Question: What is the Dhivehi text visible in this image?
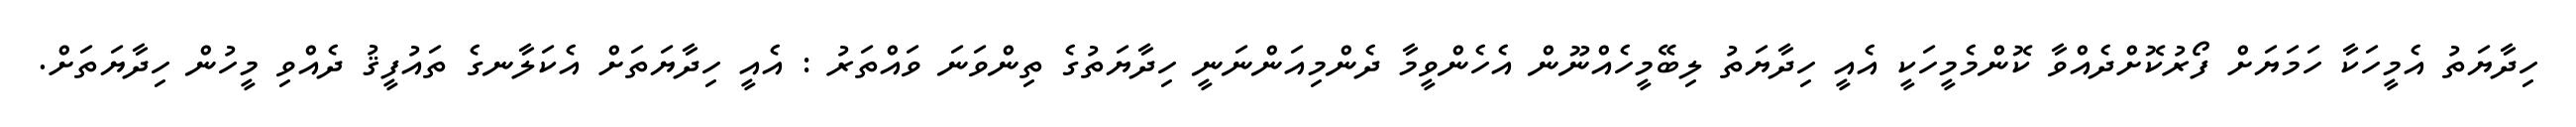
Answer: ހިދާޔަތު އެމީހަކާ ހަމަޔަށް ފޯރުކޮށްދެއްވާ ކޮންމެމީހަކީ އެއީ ހިދާޔަތު ލިބޭމީހެއްނޫން އެހެންވީމާ ދެންމިއަންނަނީ ހިދާޔަތުގެ ތިންވަނަ ވައްތަރު : އެއީ ހިދާޔަތަށް އެކަލާނގެ ތައުފީޤު ދެއްވި މީހުން ހިދާޔަތަށް.